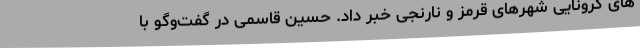
های کرونایی شهرهای قرمز و نارنجی خبر داد. حسین قاسمی در گفت‌وگو با